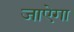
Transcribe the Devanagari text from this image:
जाऐगा